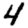
Digit: 4